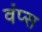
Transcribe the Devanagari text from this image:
वंप्स